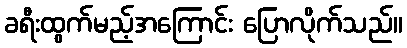
ခရီးထွက်မည့်အကြောင်း ပြောလိုက်သည်။